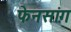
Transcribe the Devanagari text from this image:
फेनसांग